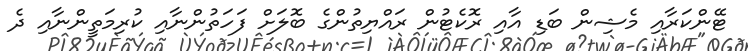
ޓޭންކަރާއި މެޝިން ބަޑި އާއި ރޮކެޓުން ރައްޔިތުންގެ ބޮލަށް ފަހަތުންނާއި ކުރިމަތީންނާއި ދެ